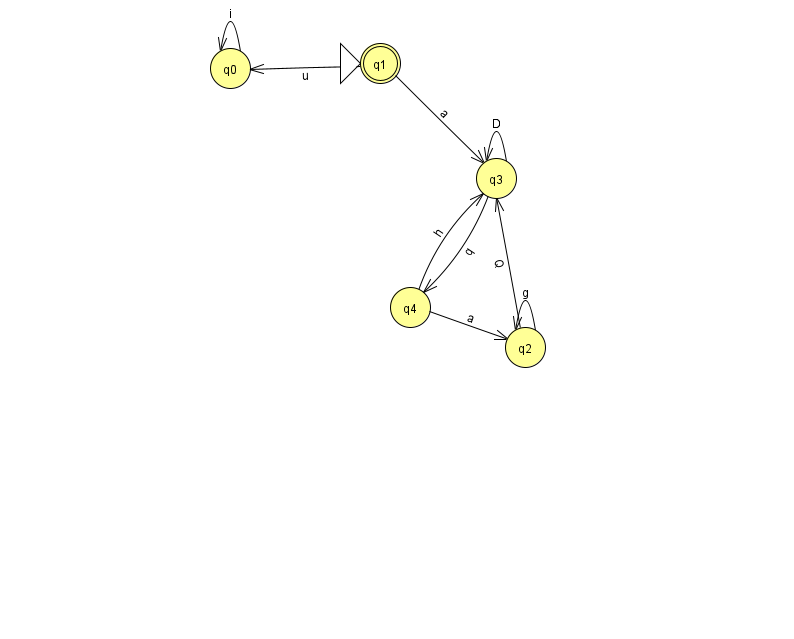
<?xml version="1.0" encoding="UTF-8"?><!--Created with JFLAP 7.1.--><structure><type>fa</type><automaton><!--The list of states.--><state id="0" name="q0"><x>230.0</x><y>55.0</y></state><state id="1" name="q1"><x>380.0</x><y>50.0</y><initial/><final/></state><state id="2" name="q2"><x>525.0</x><y>334.0</y></state><state id="3" name="q3"><x>496.0</x><y>165.0</y></state><state id="4" name="q4"><x>410.0</x><y>294.0</y></state><!--The list of transitions.--><transition><from>4</from><to>2</to><read>a</read></transition><transition><from>1</from><to>0</to><read>u</read></transition><transition><from>3</from><to>3</to><read>D</read></transition><transition><from>4</from><to>3</to><read>h</read></transition><transition><from>2</from><to>2</to><read>g</read></transition><transition><from>0</from><to>0</to><read>i</read></transition><transition><from>1</from><to>3</to><read>a</read></transition><transition><from>3</from><to>4</to><read>q</read></transition><transition><from>2</from><to>3</to><read>Q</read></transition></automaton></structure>